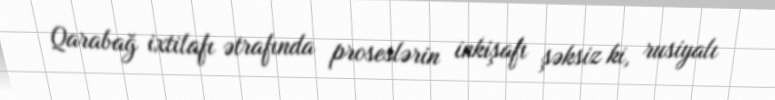
Qarabağ ixtilafı ətrafında proseslərin inkişafı şəksiz ki, rusiyalı